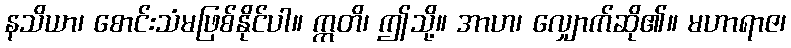
နသိယာ၊ စောင်းသံမဖြစ်နိုင်ပါ။ ဣတိ၊ ဤသို့။ အာဟ၊ လျှောက်ဆို၏။ မဟာရာဇ၊